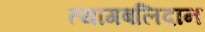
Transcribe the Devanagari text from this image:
त्यागबलिदान